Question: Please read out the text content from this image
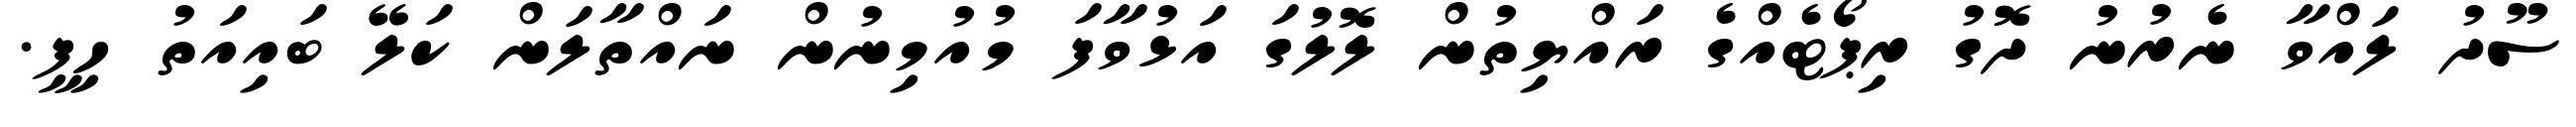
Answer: ސޫދު ލައްވާ ނެރުނު ދޮގު ރިޕޯޓެއްގެ ރައްޔިތުން ލޮލުގަ އަޅުވާފަ މުއުމިނުން ނައްތާލަން ކަލޭ ބައިއަތު ހިފީ.